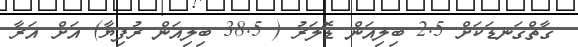
ގާތްގަނޑަކަށް 2.5 ބިލިއަން ޑޮލަރު ( 38.5 ބިލިއަން ރުފިޔާ) އަށް އަރާ